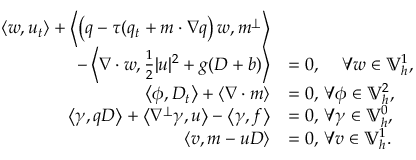
\begin{array} { r l } { \left\langle w , u _ { t } \right\rangle + \left\langle \left( q - { \tau } ( q _ { t } + m \cdot \nabla q \right) w , m ^ { \perp } \right\rangle } & { } \\ { \qquad - \left\langle \nabla \cdot w , \frac { 1 } { 2 } | u | ^ { 2 } + g ( D + b ) \right\rangle } & { = 0 , \, \quad \forall w \in \mathbb { V } _ { h } ^ { 1 } , } \\ { \left\langle \phi , D _ { t } \right\rangle + \left\langle \nabla \cdot m \right\rangle } & { = 0 , \, \forall \phi \in \mathbb { V } _ { h } ^ { 2 } , } \\ { \left\langle \gamma , q D \right\rangle + \left\langle \nabla ^ { \perp } \gamma , u \right\rangle - \left\langle \gamma , f \right\rangle } & { = 0 , \, \forall \gamma \in \mathbb { V } _ { h } ^ { 0 } , } \\ { \left\langle v , m - u D \right\rangle } & { = 0 , \, \forall v \in \mathbb { V } _ { h } ^ { 1 } . } \end{array}